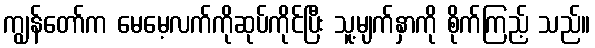
ကျွန်တော်က မေမေ့လက်ကိုဆုပ်ကိုင်ပြီး သူ့မျက်နှာကို စိုက်ကြည့် သည်။